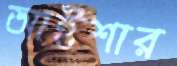
আইশার